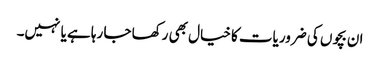
ان بچوں کی ضروریات کا خیال بھی رکھا جا رہا ہے یا نہیں۔